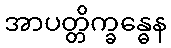
အာပတ္တိက္ခန္ဓေန